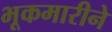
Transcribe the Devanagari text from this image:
भूकमारीने